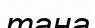
тана